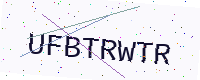
Text: UFBTRWTR